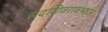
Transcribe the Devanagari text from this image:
सदशिवरावभाऊ